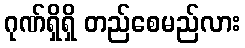
ဂုဏ်ရှိရှိ တည်စေမည်လား